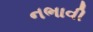
નભાવી